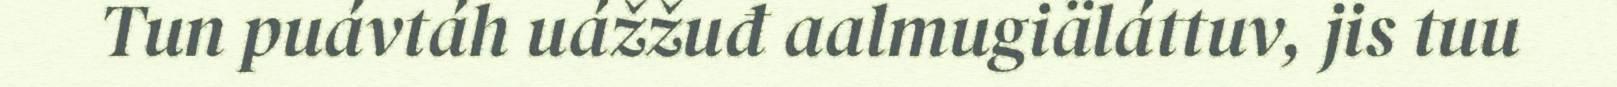
Tun puávtáh uážžuđ aalmugiäláttuv, jis tuu